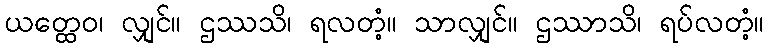
ယတ္ထေဝ၊ လျှင်။ ဌဿသိ၊ ရလတံ့။ သာလျှင်။ ဌဿာသိ၊ ရပ်လတံ့။